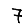
Digit: 7